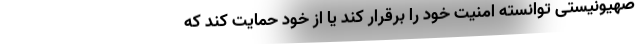
صهیونیستی توانسته امنیت خود را برقرار کند یا از خود حمایت کند که